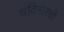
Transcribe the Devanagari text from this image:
चंदिमलची